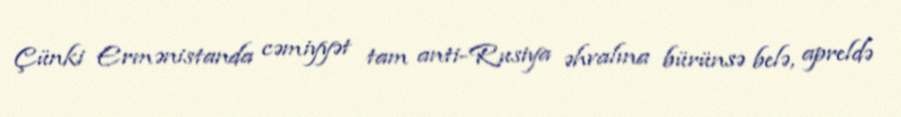
Çünki Ermənistanda cəmiyyət tam anti-Rusiya əhvalına bürünsə belə, apreldə